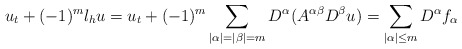
\begin{align*}u_t+(-1)^m \l_hu=u_t+(-1)^m \sum_{|\alpha|=|\beta|=m}D^\alpha (A^{\alpha\beta}D^\beta u)=\sum_{|\alpha|\le m}D^\alpha f_\alpha\end{align*}